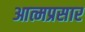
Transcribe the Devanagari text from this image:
आत्मप्रसार